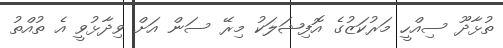
ތުޅާދޫ ސިއްހީ މަރުކަޒުގެ އޮފިޝަލަކު މިރޭ ސަން އަށް ވިދާޅުވީ އެ ތުއްތު